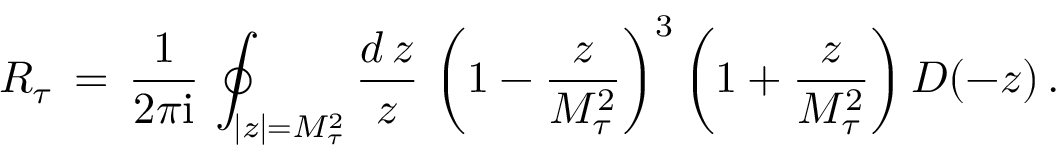
R _ { \tau } \, = \, \frac { 1 } { 2 \pi \mathrm { i } } \, \oint _ { | z | = M _ { \tau } ^ { 2 } } \frac { d \, z } { z } \, \left( 1 - { \frac { z } { M _ { \tau } ^ { 2 } } } \right) ^ { 3 } \left( 1 + { \frac { z } { M _ { \tau } ^ { 2 } } } \right) D ( - z ) \, .